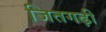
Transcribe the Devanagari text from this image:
जितगढ़ी